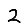
Digit: 2